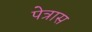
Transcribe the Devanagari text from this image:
पेत्रास